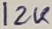
Text: 12K